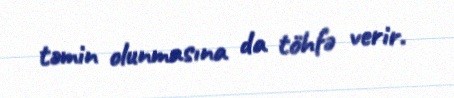
təmin olunmasına da töhfə verir.